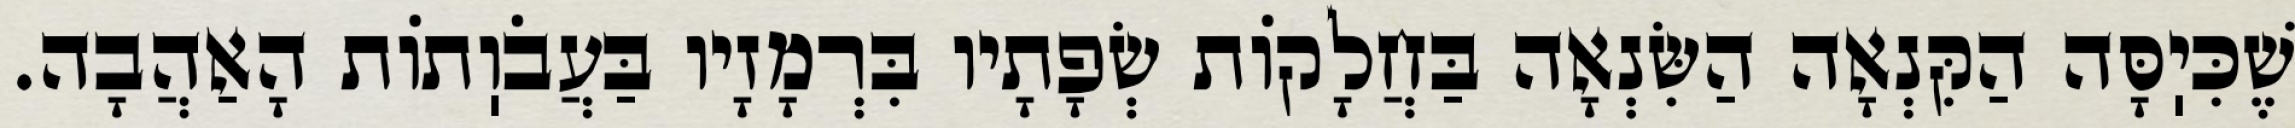
שֶׁכִּיֽסָּה הַקִּנְאָה הַשִּׂנְאָה בַּחֲלָקוֹת שְׂפָתָיו בִּרְמָזָיו בַּעֲבֹוֽתוֹת הָאַהֲבָה.